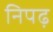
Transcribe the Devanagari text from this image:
निपढ़